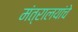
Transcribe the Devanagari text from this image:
मंत्रालयांचे